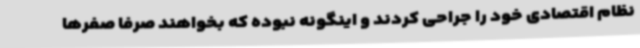
نظام اقتصادی خود را جراحی کردند و اینگونه نبوده که بخواهند صرفا صفرها